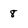
Character: 8